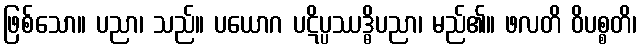
ဖြစ်သော။ ပညာ၊ သည်။ ပယောဂ ပဋိပ္ပဿဒ္ဓိပညာ၊ မည်၏။ ဖလတိ ဝိပစ္စတိ၊